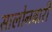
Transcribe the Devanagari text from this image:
सालोनबारी